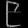
Digit: ၉